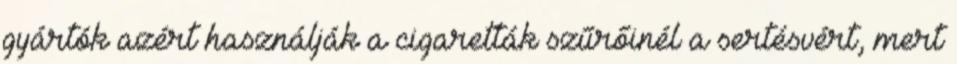
gyártók azért használják a cigaretták szűrőinél a sertésvért, mert